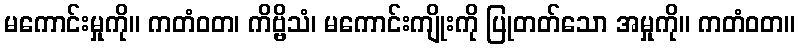
မကောင်းမှုကို။ ကတံဝတ၊ ကိဗ္ဗိသံ၊ မကောင်းကျိုးကို ပြုတတ်သော အမှုကို။ ကတံဝတ။